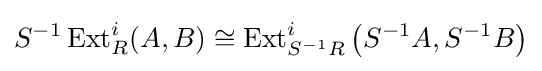
S^{-1}\operatorname {Ext} _{R}^{i}(A,B)\cong \operatorname {Ext} _{S^{-1}R}^{i}\left(S^{-1}A,S^{-1}B\right)